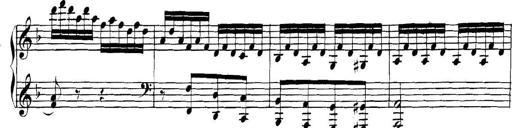
Title: Collected Piano Sonatas
Composer: Muzio Clementi